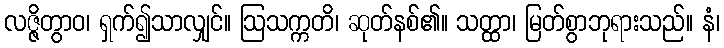
လဇ္ဇိတွာဝ၊ ရှက်၍သာလျှင်။ ဩသက္ကတိ၊ ဆုတ်နစ်၏။ သတ္ထာ၊ မြတ်စွာဘုရားသည်။ နံ၊